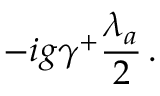
- i g \gamma ^ { + } \frac { \lambda _ { a } } { 2 } \, .